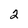
Character: 2